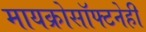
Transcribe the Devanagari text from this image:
मायक्रोसॉफ्टनेही